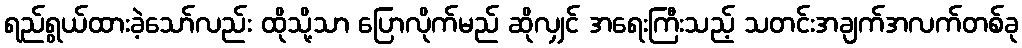
ရည်ရွယ်ထားခဲ့သော်လည်း ထိုသို့သာ ပြောလိုက်မည် ဆိုလျှင် အရေးကြီးသည့် သတင်းအချက်အလက်တစ်ခု